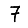
Digit: 7